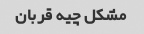
مشکل چیه قربان